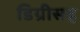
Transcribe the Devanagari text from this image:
डिग्रीसह